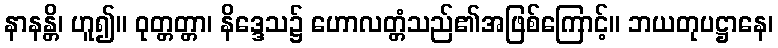
နာနန္တိ၊ ဟူ၍။ ဝုတ္တတ္တာ၊ နိဒ္ဒေသ၌ ဟောလတ္တံသည်၏အဖြစ်ကြောင့်။ ဘယတုပဋ္ဌာနေ၊